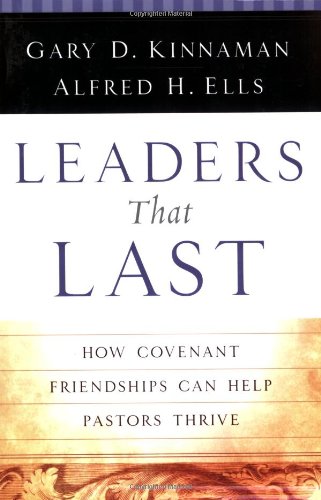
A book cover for Leaders That Last: How Covenant Friendships Can Help Pastors Thrive; Alfred H. Ells; Christian Books & Bibles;